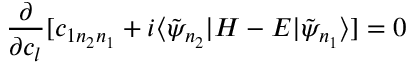
\frac { \partial } { \partial c _ { l } } [ c _ { 1 n _ { 2 } n _ { 1 } } + i \langle \tilde { \psi } _ { n _ { 2 } } | H - E | \tilde { \psi } _ { n _ { 1 } } \rangle ] = 0